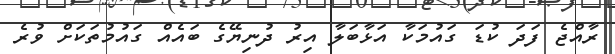
ރާއްޖެ ފަދަ ކުޑަ ގައުމަކާ އަޅާބަލާ އިރު ދުނިޔޭގެ ބައެއް ގައުމުތަކަށް ވުރެ